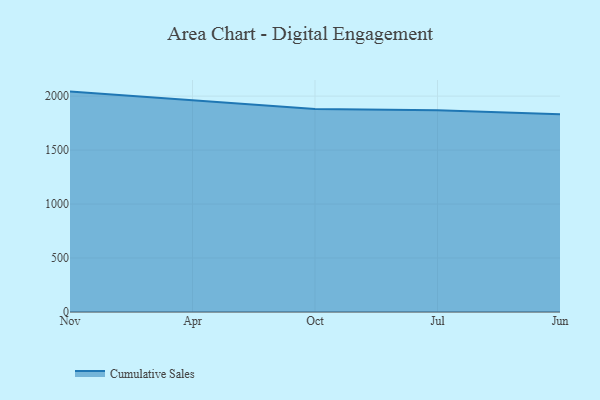
{"axis": {"x": "Month", "y": "Inventory Turnover"}, "legend": ["Cumulative Sales"], "data": [{"x": "Nov", "y": 2042.0, "type": "Cumulative Sales"}, {"x": "Apr", "y": 1965.1, "type": "Cumulative Sales"}, {"x": "Oct", "y": 1881.5, "type": "Cumulative Sales"}, {"x": "Jul", "y": 1869.7, "type": "Cumulative Sales"}, {"x": "Jun", "y": 1831.8, "type": "Cumulative Sales"}]}